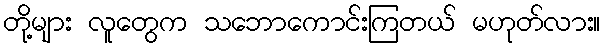
တို့များ လူတွေက သဘောကောင်းကြတယ် မဟုတ်လား။